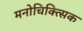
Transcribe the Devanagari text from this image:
मनोचिक्त्सिक